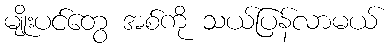
မျိုးပင်တွေ အစ်ကို သယ်ပြန်လာမယ်